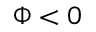
\Phi < 0